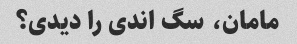
مامان، سگ اندی را دیدی؟